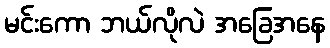
မင်းကော ဘယ်လိုလဲ အခြေအနေ